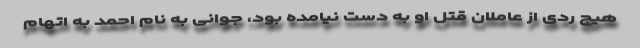
هیچ ردی از عاملان قتل او به دست نیامده بود، جوانی به نام احمد به اتهام